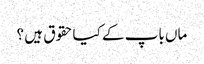
ماں باپ کے کیاحقوق ہیں ؟